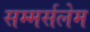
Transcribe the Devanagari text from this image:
सम्मर्सलेम